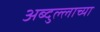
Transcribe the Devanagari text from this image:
अब्दुल्लाच्या